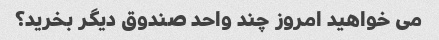
می خواهید امروز چند واحد صندوق دیگر بخرید؟